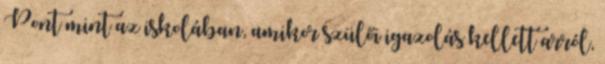
Pont mint az iskolában, amikor szülői igazolás kellett arról,